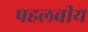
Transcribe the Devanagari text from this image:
पहलवीय